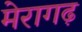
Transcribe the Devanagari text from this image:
मेरागढ़